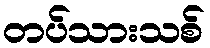
တပ်သားသစ်